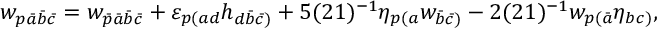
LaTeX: w _ { p \bar { a } \bar { b } \bar { c } } = w _ { \bar { p } \bar { a } \bar { b } \bar { c } } + \varepsilon _ { p ( a d } h _ { d \bar { b } \bar { c } ) } + 5 ( 2 1 ) ^ { - 1 } \eta _ { p ( a } w _ { \bar { b } \bar { c } ) } - 2 ( 2 1 ) ^ { - 1 } w _ { p ( \bar { a } } \eta _ { b c ) } ,